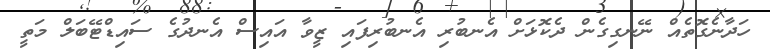
ހަދާނެގޮތެއް ނޭނގިގެން ދެކޮޅަށް އެނބުރި އެނބުރިފައި ޒީވާ އައިސް އެނދުގެ ސައިޑްޓޭބަލް މަތީ